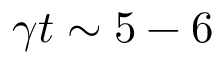
\gamma t \sim 5 - 6